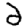
Digit: 2